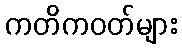
ကတိကဝတ်များ